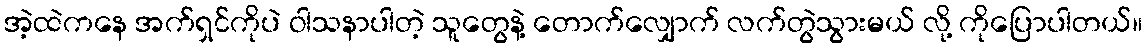
အဲ့ထဲကနေ အက်ရှင်ကိုပဲ ဝါသနာပါတဲ့ သူတွေနဲ့ တောက်လျှောက် လက်တွဲသွားမယ် လို့ ကိုပြောပါတယ်။